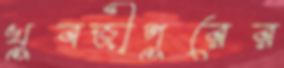
খুবজীপুরের